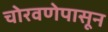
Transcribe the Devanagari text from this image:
चोरवणेपासून